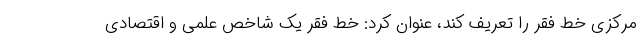
مرکزی خط فقر را تعریف کند، عنوان کرد: خط فقر یک شاخص علمی و اقتصادی